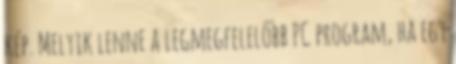
kép. Melyik lenne a legmegfelelőbb PC program, ha egy